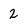
Character: 2